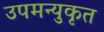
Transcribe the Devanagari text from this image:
उपमन्युकृत